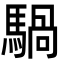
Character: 騧